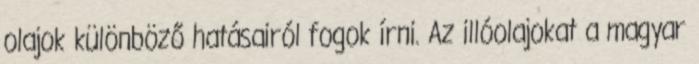
olajok különböző hatásairól fogok írni. Az illóolajokat a magyar